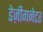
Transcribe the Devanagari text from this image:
डेज़ीगनेटर